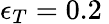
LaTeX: \epsilon_{T}=0.2\